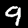
Label: 9